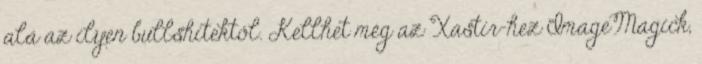
alá az ilyen bullshitektől. Kellhet még az Xastir-hez ImageMagick,